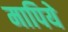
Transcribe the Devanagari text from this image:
मापिये